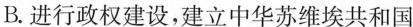
B.进行政权建设，建立中华苏维埃共和国